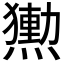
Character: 𭶕